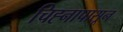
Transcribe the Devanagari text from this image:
चिह्नापासून